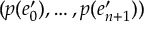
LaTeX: ( p ( e _ { 0 } ^ { \prime } ) , \dots , p ( e _ { n + 1 } ^ { \prime } ) )